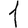
Digit: 1